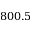
8 0 0 . 5